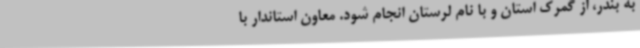
به بندر، از گمرک استان و با نام لرستان انجام شود. معاون استاندار با